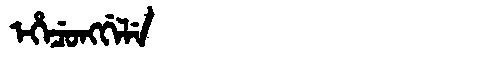
Manchu: ᡝᡥᡝᠴᡠᠩᡤᡝᠯᡝ
Romanization: EHECUNGGELE